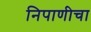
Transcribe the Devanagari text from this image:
निपाणीचा